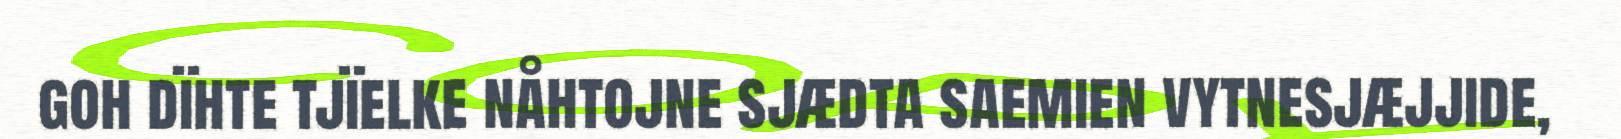
goh dïhte tjïelke nåhtojne sjædta saemien vytnesjæjjide,